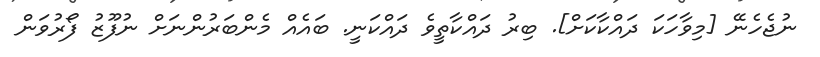
ނުޖެހެނޭ [މިވާހަކަ ދައްކާކަށް]. ބިރު ދައްކާތީވެ ދައްކަނީ. ބައެއް މެންބަރުންނަށް ނުފޫޒު ފޯރުވަން